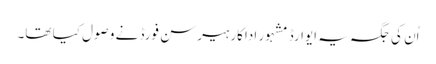
اُن کی جگہ یہ ایوارڈ مشہور اداکار ہیرسن فورڈ نے وصول کیا تھا۔